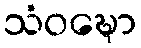
သံဝဍ္ဎော